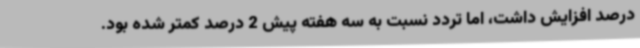
درصد افزایش داشت، اما تردد نسبت به سه هفته پیش 2 درصد کمتر شده بود.